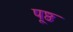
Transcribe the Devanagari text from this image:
पूष्ठ